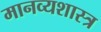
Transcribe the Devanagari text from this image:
मानव्यशास्त्र